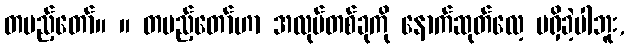
တပည့်တော်။ ။ တပည့်တော်ဟာ အလုပ်တစ်ခုကို နောက်ဆုတ်လေ့ မရှိခဲ့ပါဘူး,